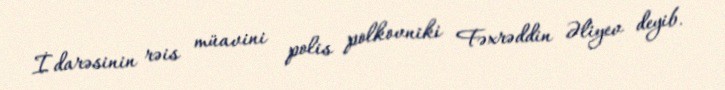
İdarəsinin rəis müavini polis polkovniki Fəxrəddin Əliyev deyib.